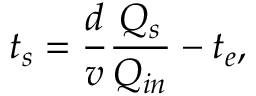
t _ { s } = \frac { d } { v } \frac { Q _ { s } } { Q _ { i n } } - t _ { e } ,